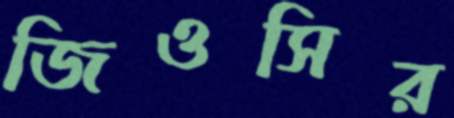
জিওসির